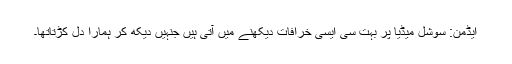
ایڈمن: سوشل میڈیا پر بہت سی ایسی خرافات دیکھنے میں آتی ہیں جنہیں دیکھ کر ہمارا دل کڑتاتھا۔